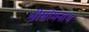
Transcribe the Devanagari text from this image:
श्रीसोमनाथ